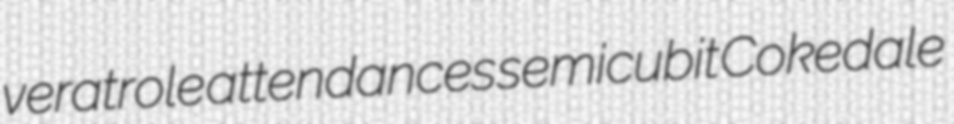
veratrole attendances semicubit Cokedale